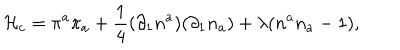
{ \cal H } _ { c } = \pi ^ { a } \pi _ { a } + \frac { 1 } { 4 } ( \partial _ { 1 } n ^ { a } ) ( \partial _ { 1 } n _ { a } ) + \lambda ( n ^ { a } n _ { a } - 1 ) ,